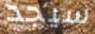
سيجد